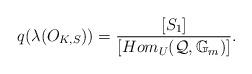
LaTeX: \begin{align*}q(\lambda(O_{K,S}))=\frac{[S_1]}{[Hom_U(\mathcal{Q},\mathbb{G}_m)]}.\end{align*}